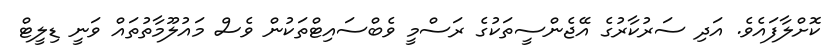
ކޮށްލާފައެވެ. އަދި ސަރުކާރުގެ އޭޖެންސީތަކުގެ ރަސްމީ ވެބްސައިޓްތަކުން ވެސް މައުލޫމާތުތައް ވަނީ ޑިލީޓް